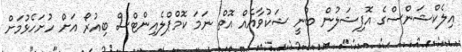
އިލެކްޝަންސްގެ އޮފިޝަލުން ބުނީ ޝަކުވާއެއް އޮތް ނަމަ ކޮމްޕްލެއިންޓްސް ބިއުރޯ އަށް ހުށަހެޅުމަށް